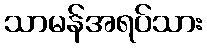
သာမန်အရပ်သား